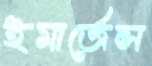
ইমার্জেন্স